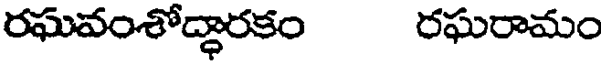
రఘవంశోద్ధారకం రఘరామం